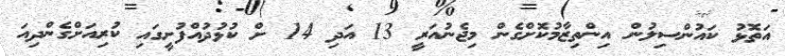
އަތޮޅު ކައުންސިލުން އިންތިޒާމުކޮށްގެން މިޖެނުއަރީ 13 އަދި 14 ށް ކުޅުދުއްފުށީގައި ކުރިއަށްގެންދިއަ